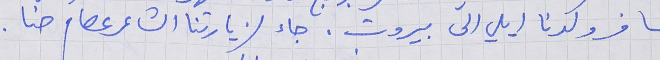
سافر ولدنا ايلي الى بيروت. جاء لزيارتنا الشاعر عصام حنا.